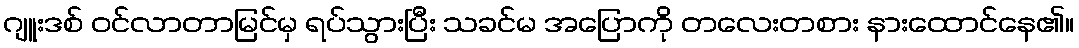
ဂျူးဒစ် ဝင်လာတာမြင်မှ ရပ်သွားပြီး သခင်မ အပြောကို တလေးတစား နားထောင်နေ၏။